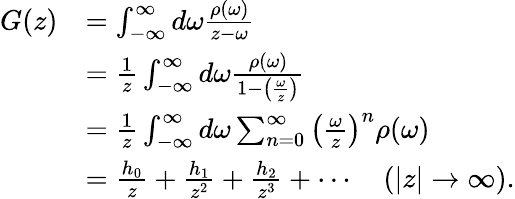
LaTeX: \begin{array}{rl}{G(z)}&{=\int_{-\infty}^{\infty}d\omega\frac{\rho(\omega)}{z-\omega}}\\ &{=\frac{1}{z}\int_{-\infty}^{\infty}d\omega\frac{\rho(\omega)}{1-\left(\frac{\omega}{z}\right)}}\\ &{=\frac{1}{z}\int_{-\infty}^{\infty}d\omega\sum_{n=0}^{\infty}\left(\frac{\omega}{z}\right)^{n}\rho(\omega)}\\ &{=\frac{h_{0}}{z}+\frac{h_{1}}{z^{2}}+\frac{h_{2}}{z^{3}}+\cdots\quad(|z|\rightarrow\infty).}\end{array}